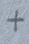
Text: +